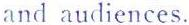
and audiences.